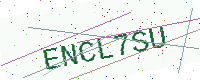
Text: ENCL7SU